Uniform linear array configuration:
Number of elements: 8
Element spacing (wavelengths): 0.25
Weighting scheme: cosine
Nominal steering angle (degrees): -45
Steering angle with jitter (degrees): -44.48
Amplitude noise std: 0.05
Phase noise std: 0.05

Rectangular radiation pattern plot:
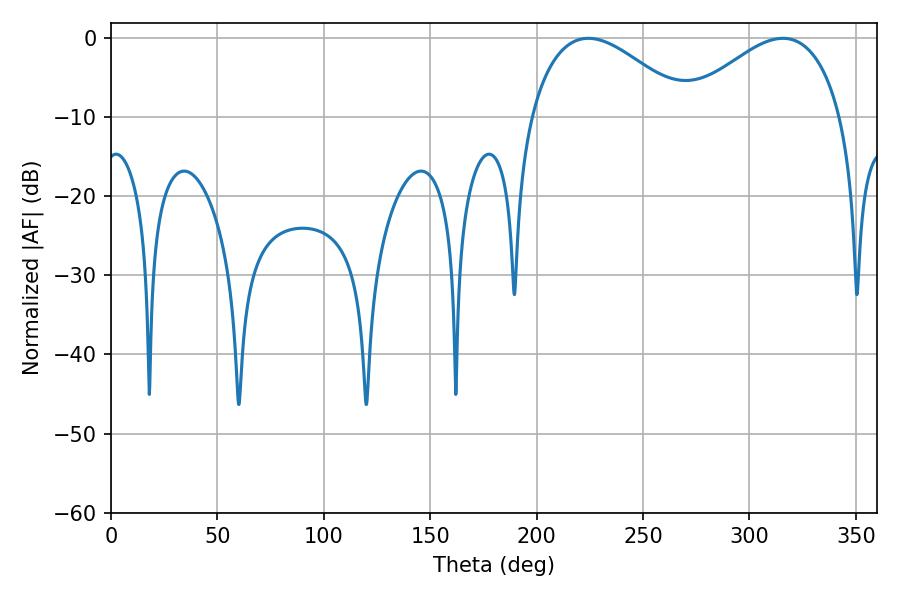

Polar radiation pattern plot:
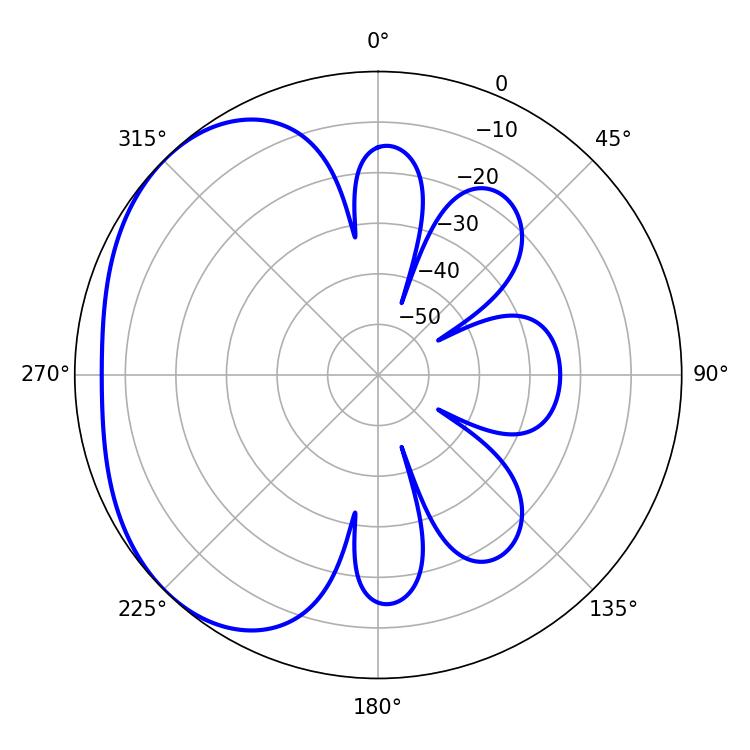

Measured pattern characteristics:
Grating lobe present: FALSE
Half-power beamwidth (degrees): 40.86
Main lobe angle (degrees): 224.28